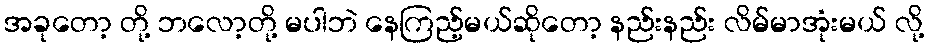
အခုတော့ တို့ ဘလော့တို့ မပါဘဲ နေကြည့်မယ်ဆိုတော့ နည်းနည်း လိမ်မာအုံးမယ် လို့